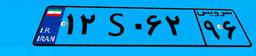
۱۲S۰۶۲۹۶